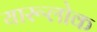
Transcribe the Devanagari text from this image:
यारूलोक